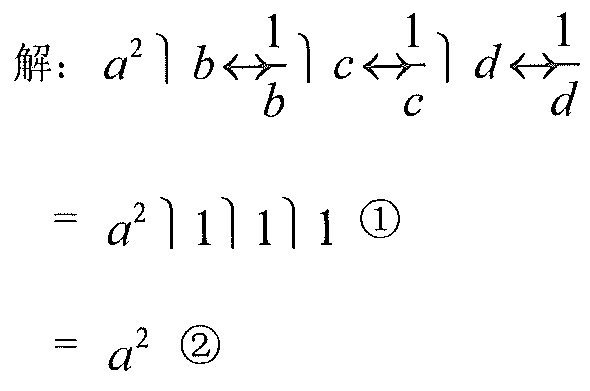
解：\(a^{2}\diagdown b\leftrightarrow\dfrac{1}{b}\diagdown c\leftrightarrow\dfrac{1}{c}\diagdown d\leftrightarrow\dfrac{1}{d}\)
\(=a^{2}\diagdown 1\diagdown 1\diagdown 1\)  \textcircled{1}
\(=a^{2}\)  \textcircled{2}